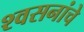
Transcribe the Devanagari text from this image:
श्वसनांचे